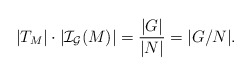
\begin{align*}|T_M|\cdot|\mathcal{I}_{\mathcal{G}}(M)|=\frac{|G|}{|N|}=|{G/N}|.\end{align*}